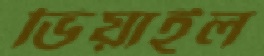
ভিয়াইল